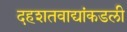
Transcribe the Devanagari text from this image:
दहशतवाद्यांकडली